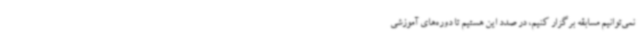
نمی‌توانیم مسابقه برگزار کنیم، در صدد این هستیم تا دوره‌های آموزشی